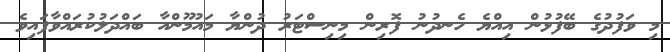
މި ވަފުދުގެ ބޭފުޅުން އިއްޔެ ހެނދުނު ފޮރިން މިނިސްޓަރު ދުންޔާ މައުމޫންއާ ބައްދަލުކުރައްވާފައިވެ